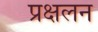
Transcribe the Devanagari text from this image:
प्रक्षलन